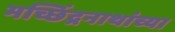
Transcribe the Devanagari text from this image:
मच्छिंद्रनाथांच्या